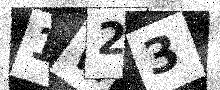
Text: 1W23